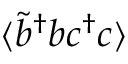
\langle \tilde { b } ^ { \dagger } b c ^ { \dagger } c \rangle